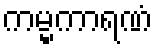
ကမ္မကာရဏံ